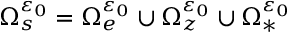
\Omega _ { s } ^ { \varepsilon _ { 0 } } = \Omega _ { e } ^ { \varepsilon _ { 0 } } \cup \Omega _ { z } ^ { \varepsilon _ { 0 } } \cup \Omega _ { * } ^ { \varepsilon _ { 0 } }